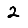
Digit: 2